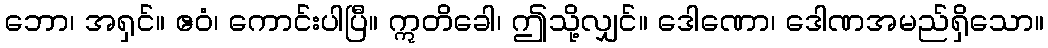
ဘော၊ အရှင်။ ဧဝံ၊ ကောင်းပါပြီ။ ဣတိခေါ၊ ဤသို့လျှင်။ ဒေါဏော၊ ဒေါဏအမည်ရှိသော။